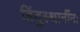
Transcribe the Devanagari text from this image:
हिंदुस्थानींना